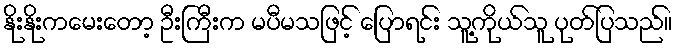
နိုးနိုးကမေးတော့ ဦးကြီးက မပီမသဖြင့် ပြောရင်း သူ့ကိုယ်သူ ပုတ်ပြသည်။